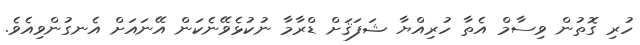
ހުރި ގޮތުން ވިސާމް އެތާ ހުރިއްޔާ ޝަފަޤަށް ޑްރާމާ ނުކުޅެވޭނެކަން އޭނައަށް އެނގުންވިއެވެ.